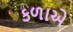
કળાએ